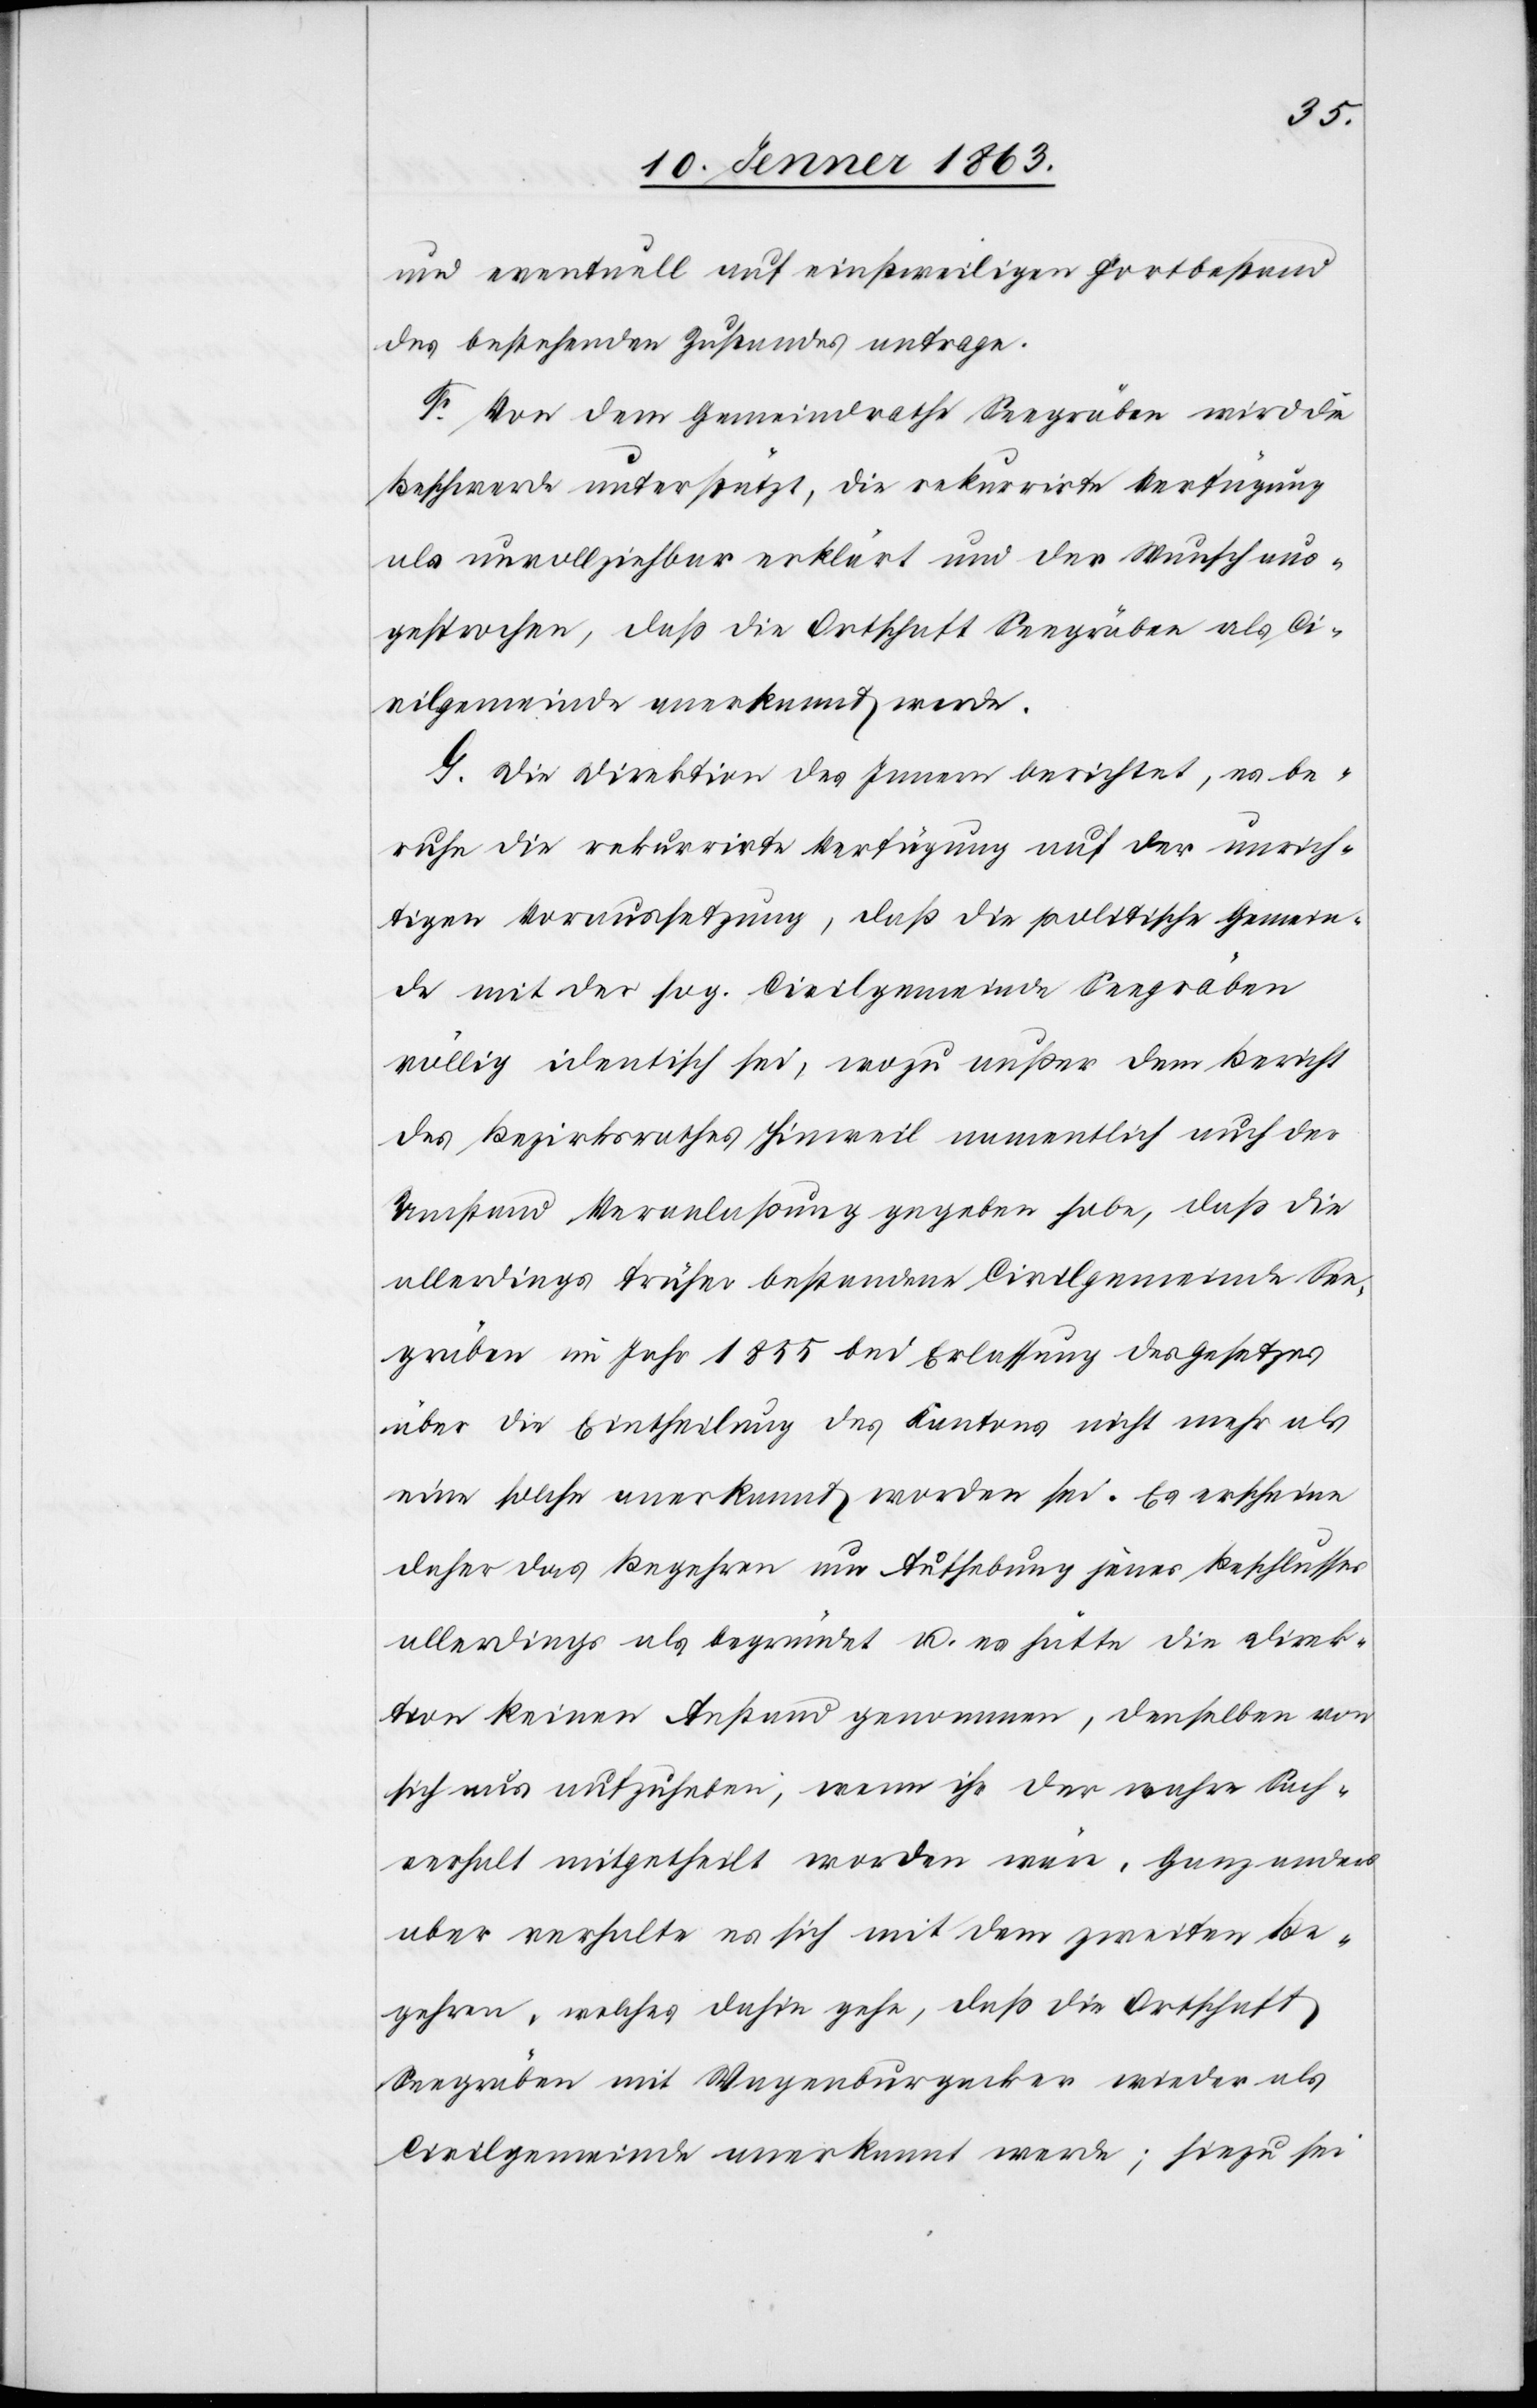
und eventuell auf einstweiligen Fortbestand
des bestehenden Zustandes antrage.
F. Von dem Gemeindrathe Seegräben wird die
Beschwerde unterstützt, die rekurrirte Verfügung
als unvollziehbar erklärt und der Wunsch aus¬
gesprochen, daß die Ortschaft Seegräben als Ci¬
vilgemeinde anerkannt werde.
G. Die Direktion des Innern berichtet, es be¬
ruhe die rekurrirte Verfügung auf der unrich¬
tigen Voraussetzung, daß die politische Gemein¬
de mit der sog. Civilgemeinde Seegräben
völlig identisch sei, wozu außer dem Bericht
des Bezirksrathes Hinweil namentlich auch der
Umstand Veranlaßung gegeben habe, daß die
allerdings früher bestandene Civilgemeinde See¬
gräben im Jahr 1855 bei Erlassung des Gesetzes
über die Eintheilung des Kantons nicht mehr als
eine solche anerkannt worden sei. Es erscheine
daher das Begehren um Aufhebung jenes Beschlusses
allerdings als begründet u. es hätte die Direk¬
tion keinen Anstand genommen, denselben von
sich aus aufzuheben; wenn ihr der wahre Sach¬
verhalt mitgetheilt worden wäre, Ganz anders
aber verhalte es sich mit dem zweiten Be¬
gehren, welches dahin gehe, daß die Ortschaft
Seegräben mit Wagenburgacker wieder als
Civilgemeinde anerkannt werde; hiezu sei